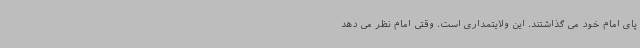
پای امام خود می گذاشتند. این ولایتمداری است. وقتی امام نظر می دهد